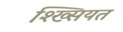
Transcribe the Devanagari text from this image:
श्ख्सियत